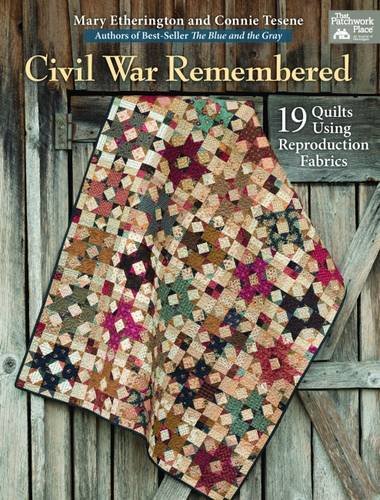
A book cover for Civil War Remembered: 19 Quilts Using Reproduction Fabrics; Mary Etherington; Crafts, Hobbies & Home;